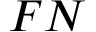
F N